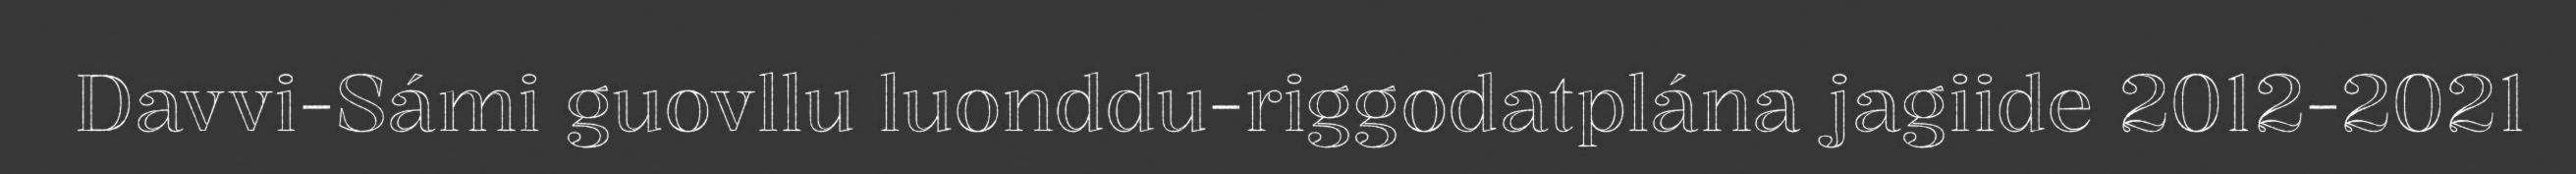
Davvi-Sámi guovllu luonddu-riggodatplána jagiide 2012-2021